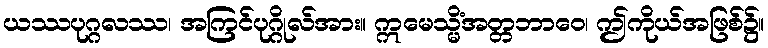
ယဿပုဂ္ဂလဿ၊ အကြင်ပုဂ္ဂိုလ်အား။ ဣမေသ္မိံအတ္တဘာဝေ၊ ဤကိုယ်အဖြစ်၌။